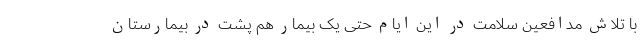
با تلاش مدافعین سلامت در این ایام حتی یک بیمار هم پشت در بیمارستان